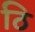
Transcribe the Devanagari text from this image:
ठि